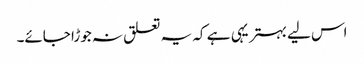
اس لیے بہتر یہی ہے کہ یہ تعلق نہ جوڑا جائے۔